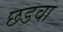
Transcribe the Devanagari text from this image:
छडवा